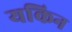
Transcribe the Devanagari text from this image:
यकिन